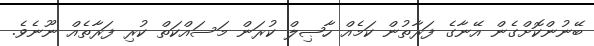
ބޭނުންކޮށްގެން އޭނާގެ ފަރާތުން ކަމެއް ހާޞިލް ކުރަން މަސައްކަތް ކުރި ފަރާތެއް ނޫނެވެ.